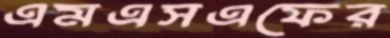
এমএসএফের